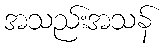
အသည်းအသန်